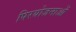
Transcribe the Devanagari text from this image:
पिरयोजनाओं